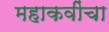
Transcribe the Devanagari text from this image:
महाकवींचा